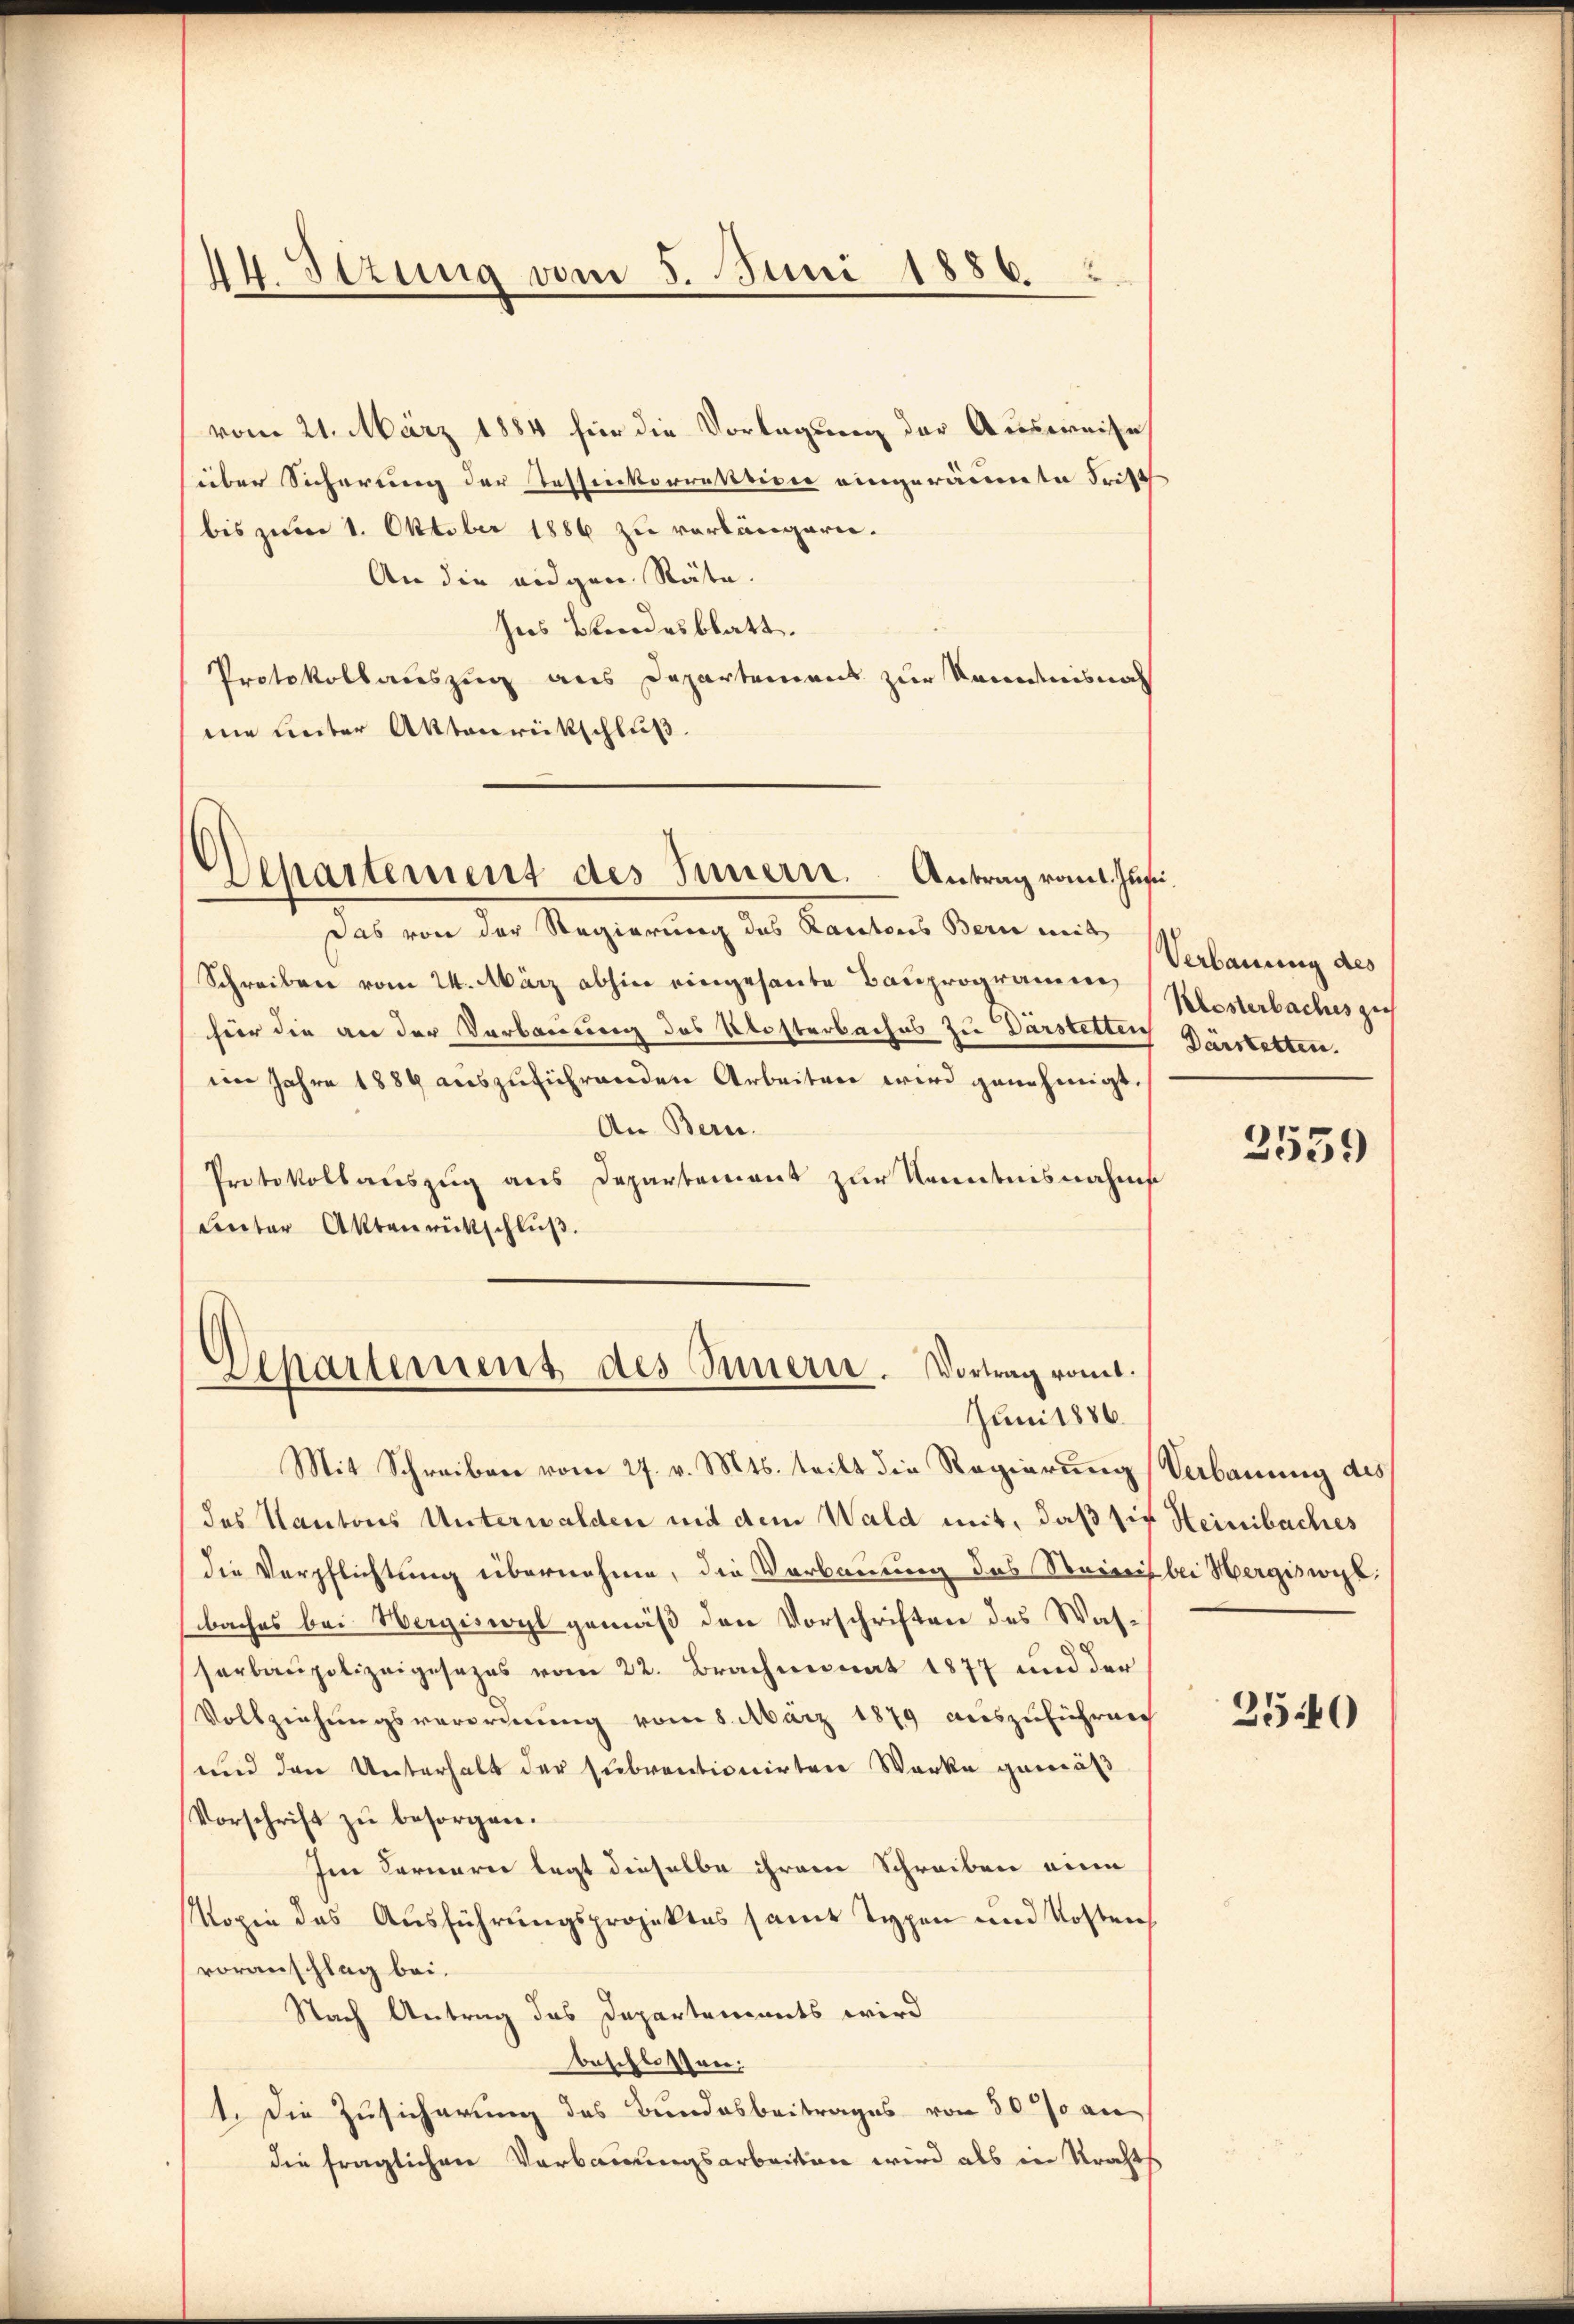
1. Sizung vom 5. Juni 1886.

vom 21. März 1884 für die Vorlegung der Ausweise
über Sicherung der Tessinkorrektion eingeräumte Frist
bis zum 1. Oktober 1886 zu verlängern.
An die eidgen. Räte.
ses Bundesblatt.
Protokollauszug aus Departement zur Kenntnisnah
mie unter Aktenrückschluß
d
Separtement des Innern. Antrag vom 1. Juni.

Das von der Regierung des Rantons Bern mit
Schreiben vom 24. März abhin eingesante Bauprogramme
hier die an der Verbauung des Klosterbaches zu Darstetten
iin Jahre 1889 auszuführenden Arbeiten wird genehmigt.
An Bern.
Protokollauszug aus Departement zur Kenntnisnahms
unter Aktenrückschlŭβ.
Departement des Innern. Vortrag vonet.

Juni 1886.

Mit Schreiben vom 27. v. Mts. tritt die Regierung Verbauung des
des Kantons Unterwalden mit dem Wald mit, daß sie Heinbaches
die Verpflichtung übernehme, die Verbauung des Steinis bei Hergiswyl
baches bei Hergiswyl gemäß den Vorschriften des Wasserbaupolizeigesezes vom 22. Brachmonat 1877 und der
Vollziehungsverordnung vom 8. März 1879 auszuführen
und den Unterhalt der subventionirten Werke gemäß
Vorschrift zu besorgen.
Im Fernerei legt dieselbe ihrem Schreiben eine
Kopie des Ausführungsprojektes samt Typen und Kosten
voranschlag bei.
Nach Antrag des Departements wird
beschlossen:
1. Die Zusicherung des Bundesbeitrages von 50 % an
die fraglichen Verbauungsarbeiten wird als in Krachts

Verbauung des
Klosterbaches zu
Dürstetten.

2559

2540